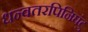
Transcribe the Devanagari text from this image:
धन्वतरपिनिघंटु